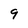
Character: 9